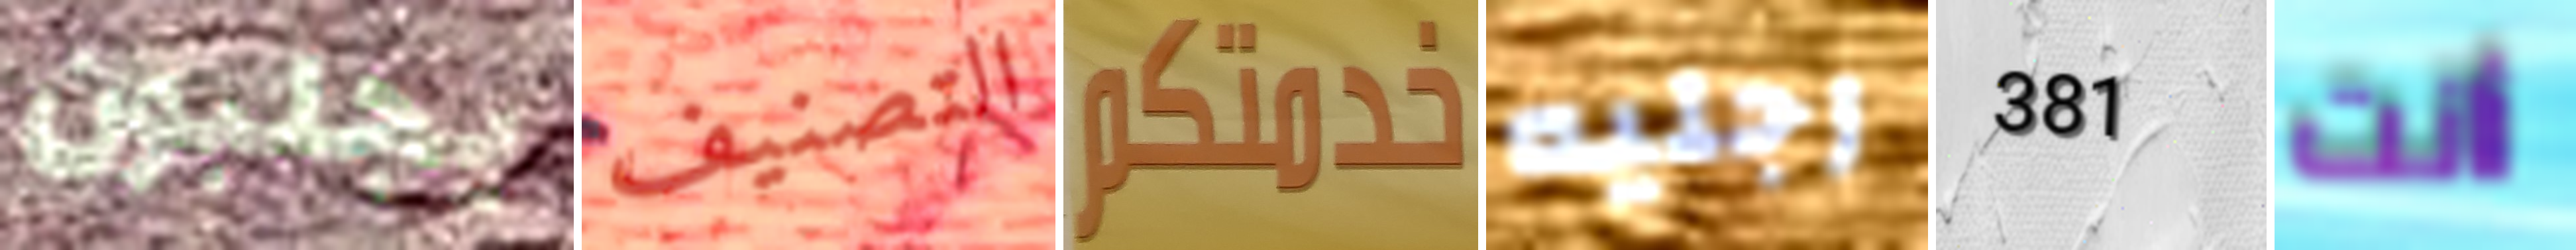
يجلبون التصنيف خدمتكم رجليه 381 أانت